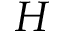
H